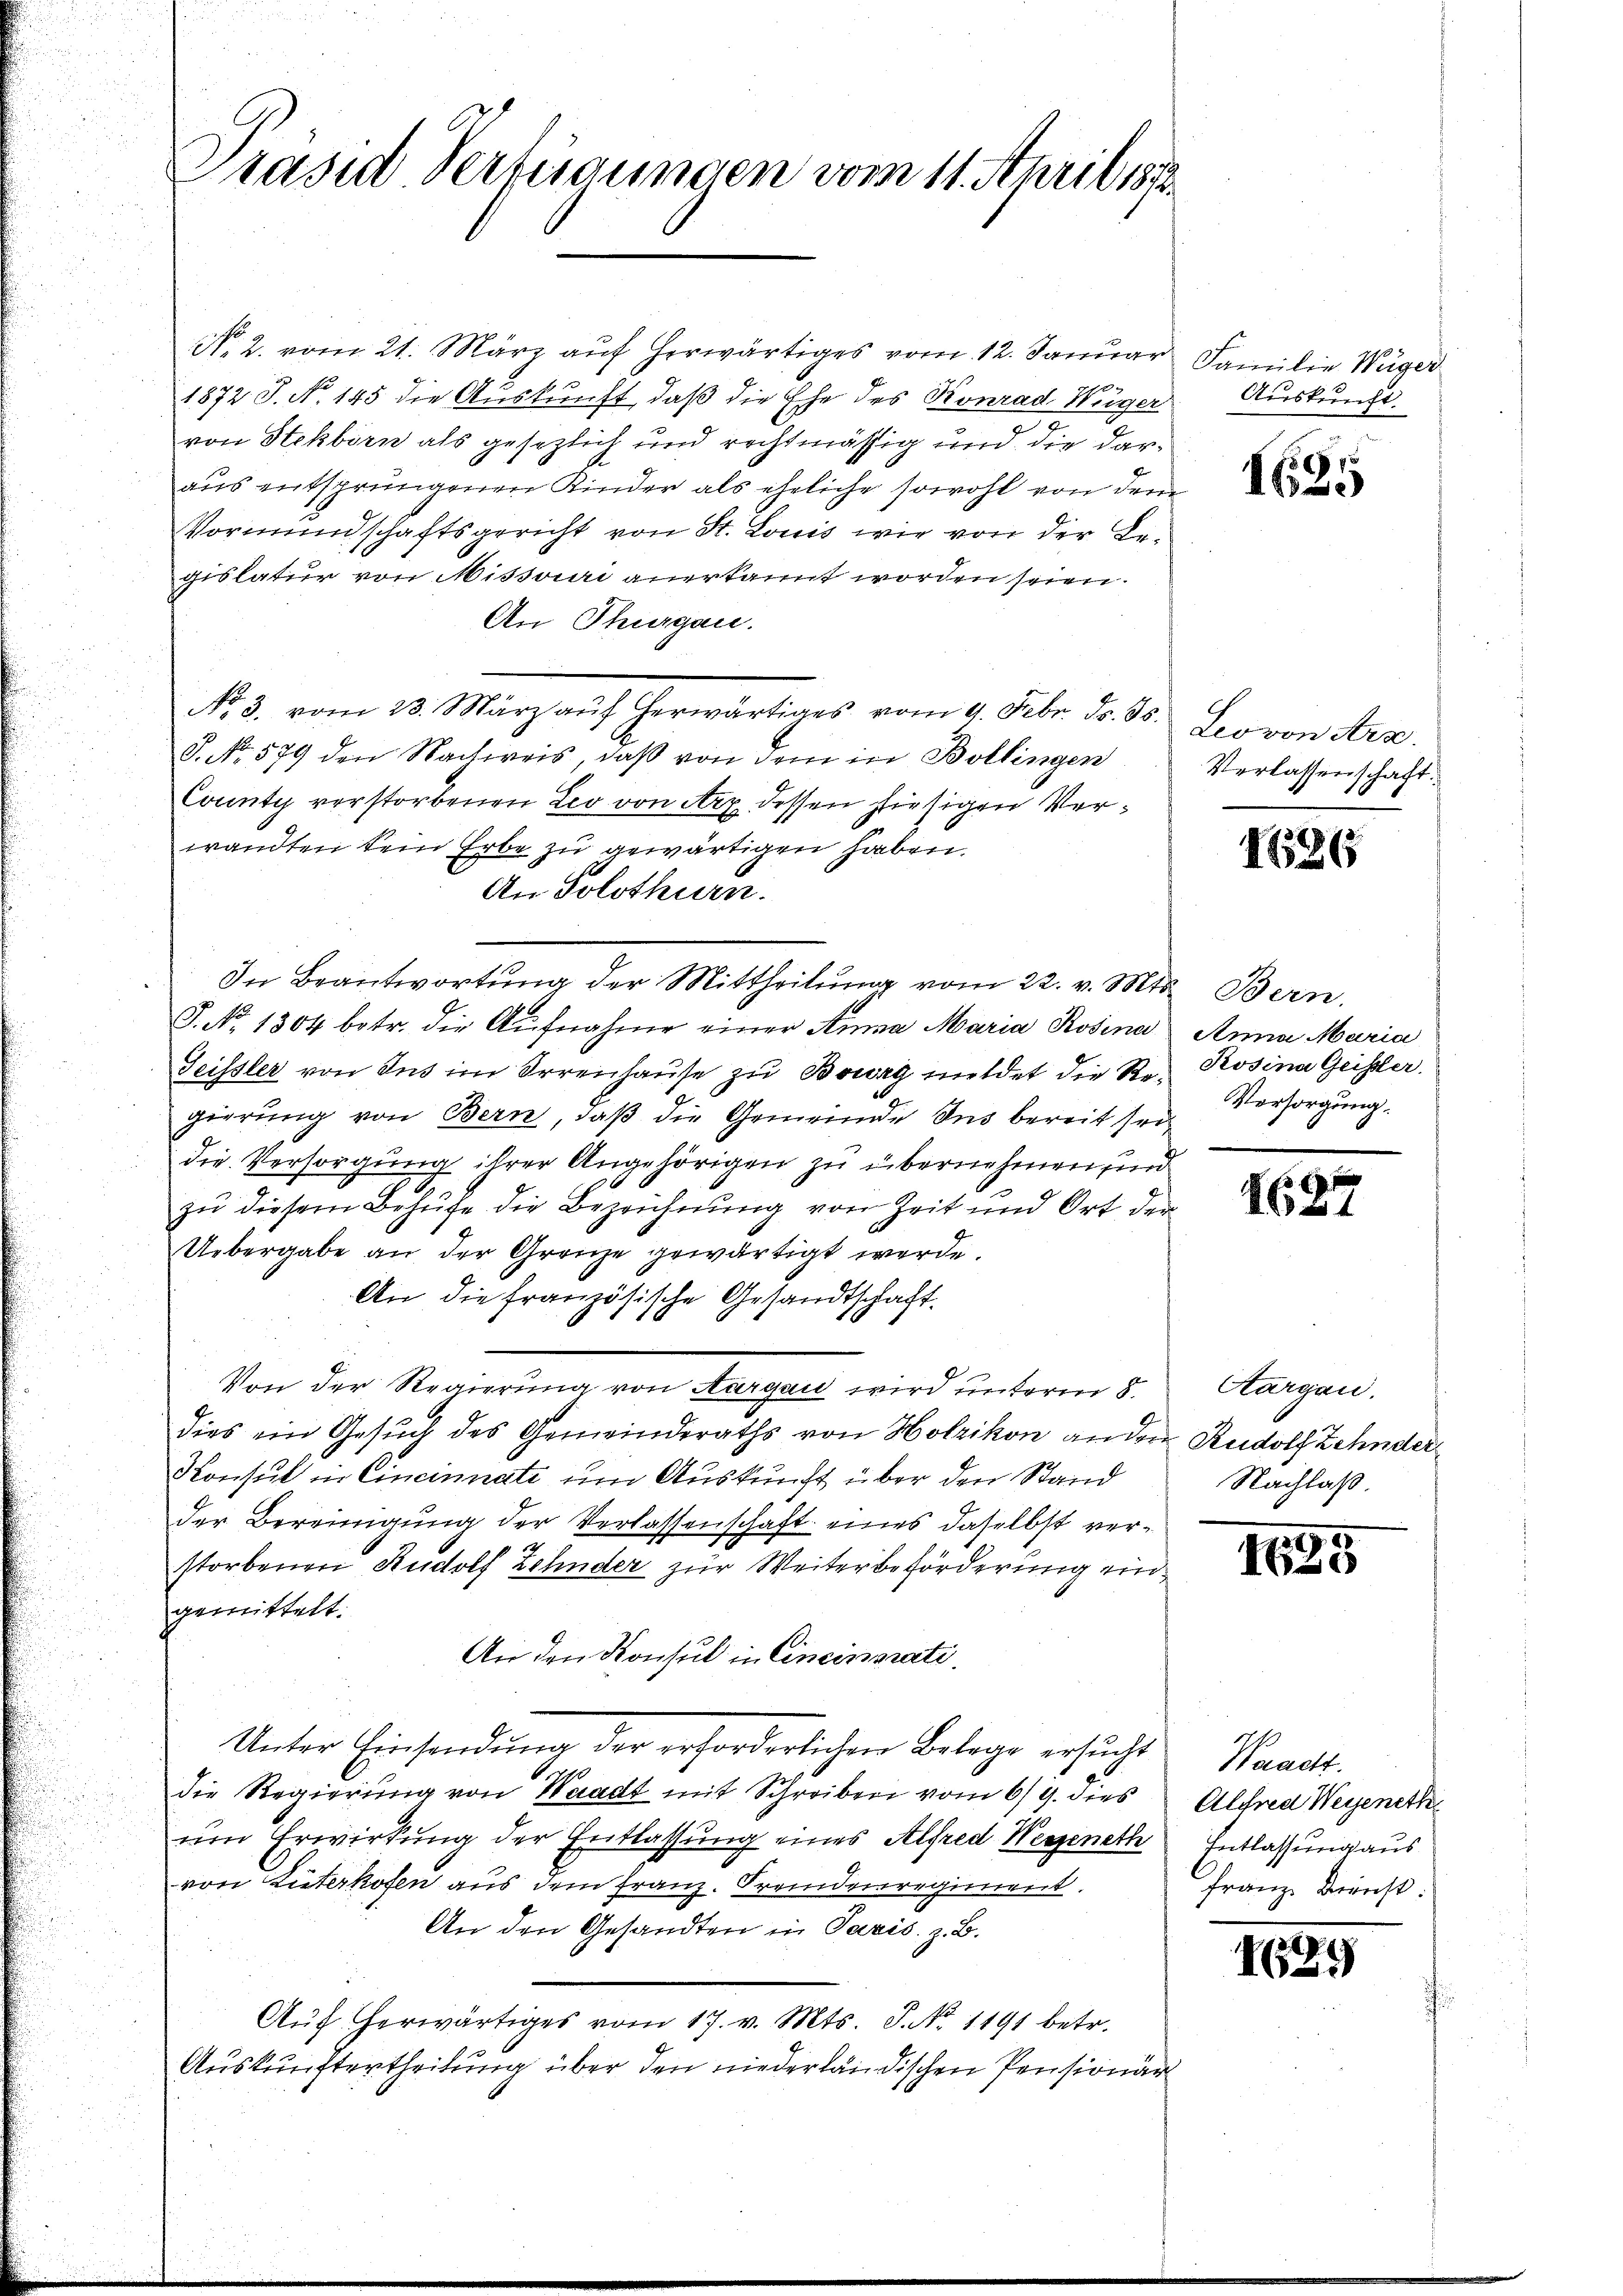
Präsid Verfügungen vom 11. April 1812.

No. 2. vom 21. März auf herwärtiges vom 12. Januar Familie Wäger
1872 J. No. 145 die Auskunft, daß die Ehe des Konrad Weger
von Stekbirn als gesezlich und rechtmässig und die daraus entsprungenen Kinder als eheliche sowohl von dem
Vormundschaftsgericht von St. Louis wie von der Begislatur von Missouri anerkannt worden seien.
An Thurgau.
No. 3. vom 28. März aŭf herwärtiges vom 9. Febr. d. Js. Leo von Ara
J. No. 579 den Nachweis, daß von dem in Bollingen
County verstorbenen Leo von Arx dessen hiesigen Verwandten kein Erbe zu gewärtigen haben.
An Solothurn.
J. No 1304 betr. die Aŭfnahme einer Anna Maria Rosina
Teissler von des im Irrenhaŭse zu Bourg mildet die Re- Rosina Geister.
gierung von Bern, daß die Gemeinde Sus bereit seidie Versorgung ihrer Angehörigen zu übernehmen sind
zu diesem Behufe die Bezeichnung von Zeit und Ort der
Uebergabe an der Grenze gewärtigt werde.
An die französische Gesandtschaft.
Von der Stammlung von Fragen wird unterm 5.
dies ein Gesuch des Gemeinderaths von Holzikon andern Rudolf Zehnder¬
Konsul in Cincinnate um Auskunft über den Stand
der Bereinigung der Verlassenschaft eines daselbst verstorbenen Rudolf Zehnder zur Weiterbeförderung eingemittelt.
An den Konsul in Cincinati
Unter Einsendŭng der erforderlichen Belage ersucht
die Regierung von Waadt mit Schreiben vom 6/9. dies
um Erwirkung der Entlassung eines Alfred Wegeneth
von Lüterkofen aus dem Franz. Fremdenregiment.
An den Gesandten in Paris. z. B.
Aŭf erwärtiges vom 17. v. Mts. S. No. 1191 betr.
Auskunftertheilung über den niederländischen Pensionär

In Beantwortŭng der Mittheilŭng vom 22. v. Mts. Bern,

Auskunft.

s
1625

Verlassenschaft.

186

Anna Maria
Versorgung.

1627

Aargau.
Nachlaß.

)
Ise

Weracht.
Alfred Weyeneth
Entlassung aus
Franz Dienst.

89